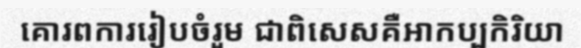
គោរពការរៀបចំរួម ជាពិសេសគឺអាកប្បកិរិយា